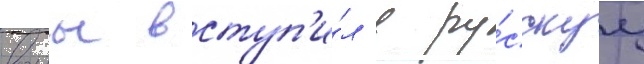
воины вступ'и́л в ру́сскуу